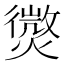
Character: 𭶓